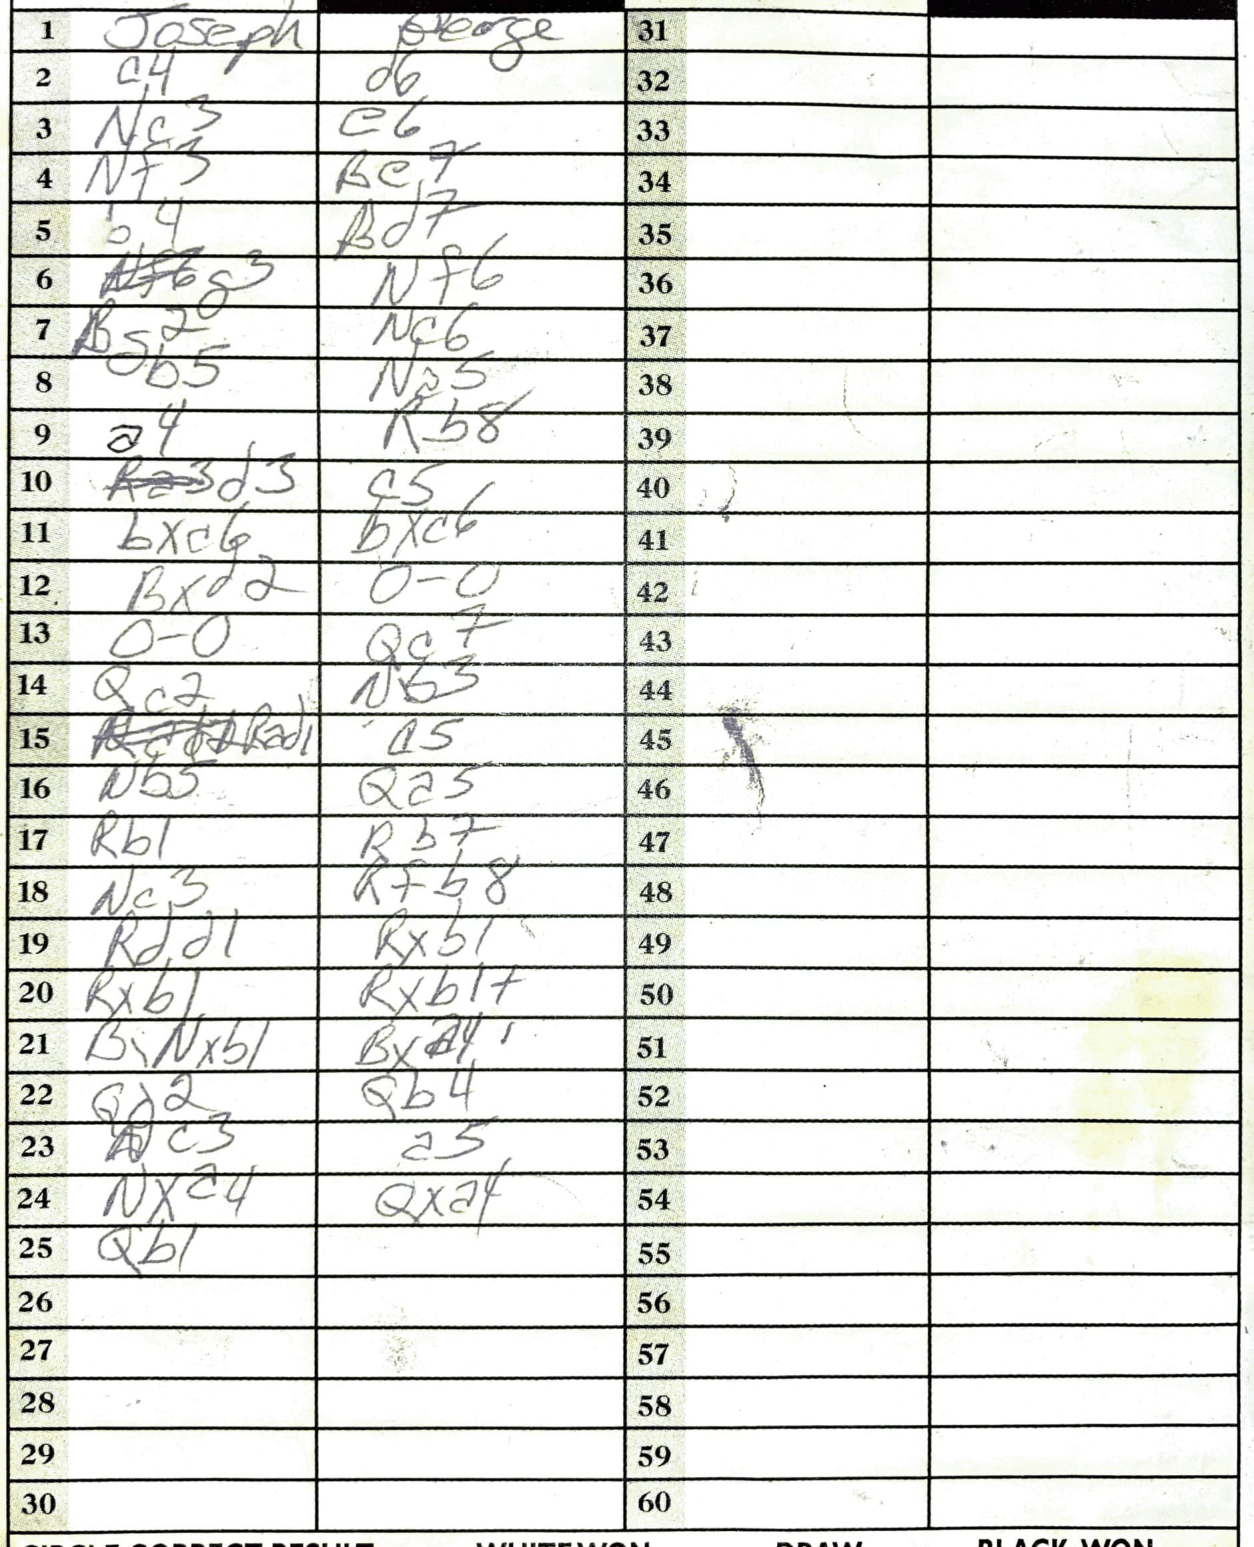
Moves: c4 d6 Nc3 e6 Nf3 Be7 b4 Bd7 g3 Nf6 Bg2 Nc6 b5 Na5 a4 Rb8 d3 c5 bxc6 bxc6 Bxd2 O-O O-O Qc7 Qc2 Nb3 a5 Nb5 Qa5 Rb1 Rb7 Nc3 Rfb8 Rdd1 Rxb1 Rxb1 Rxb1+ BNxb1 Bxa4 Qd2 Qb4 Nc3 a5 Nxa4 Qxa4 Qb1